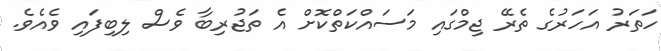
ހަތަރު އަހަރުގެ ތެރޭ ޖިމްގައި މަސައްކަތްކޮށް އެ ތަޖުރިބާ ވެސް ލިބިފައި ވެއެވެ.